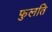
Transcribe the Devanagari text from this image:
फुलति